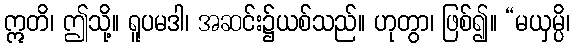
ဣတိ၊ ဤသို့။ ရူပမဒါ၊ အဆင်း၌ယစ်သည်။ ဟုတွာ၊ ဖြစ်၍။ “မယှမ္ပိ၊